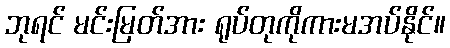
ဘုရင် မင်းမြတ်အား ရုပ်တုကိုကားမအပ်နိုင်။